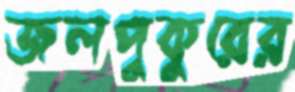
জলপুকুরের